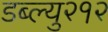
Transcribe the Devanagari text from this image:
डब्ल्यु२१२